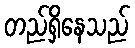
တည်ရှိနေသည်